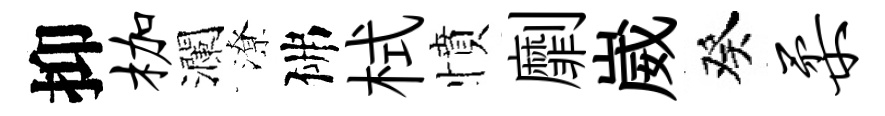
抑枷瀾潦佛栻憤劘崴癸柔